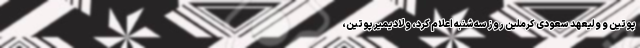
پوتین و ولیعهد سعودی کرملین روز سه‌شنبه اعلام کرد، ولادیمیر پوتین،